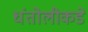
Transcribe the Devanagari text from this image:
धंतोलीकडे